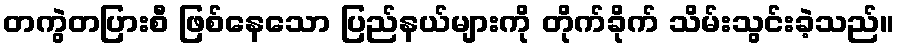
တကွဲတပြားစီ ဖြစ်နေသော ပြည်နယ်များကို တိုက်ခိုက် သိမ်းသွင်းခဲ့သည်။